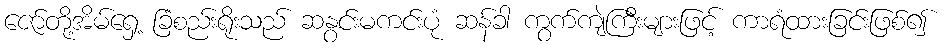
ဇော်တို့အိမ်ရှေ့ ခြံစည်းရိုးသည် ဆနွင်းမကင်းပုံ ဆန်ခါ ကွက်ကျဲကြီးများဖြင့် ကာရံထားခြင်းဖြစ်၍